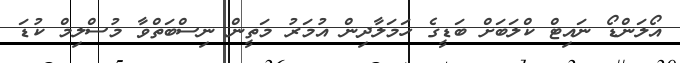
އޯލަންޑޯ ނައިޓް ކްލަބަށް ބަޑީގެ ހަމަލާދިން އުމަރު މަތީން ނިސްބަތްވާ މުސްލިމް ކުޑަ